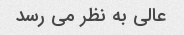
عالی به نظر می رسد